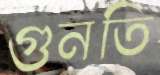
গুনতি